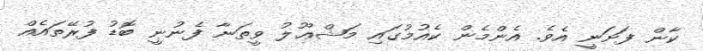
ކާން ފަށަނީ އެވެ. އެންމެން ކެއުމުގައި މަޝްޢޫލު ވީތަނާ ފެނުނީ ބޮޑު ފުރޭތައެއް